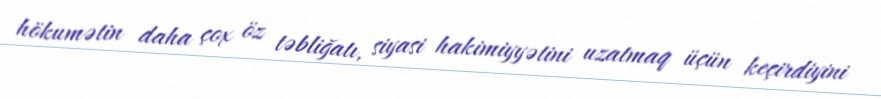
hökumətin daha çox öz təbliğatı, siyasi hakimiyyətini uzatmaq üçün keçirdiyini